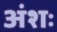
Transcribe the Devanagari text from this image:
अंशः